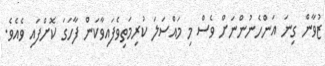
ޒުވާން ގިނަ އަންހެނުންނަށް ވެސް މި މައްސަލަ ކުރިމަތިވެފައިވާކަން ފާހަގަ ކޮށްފައި ވެއެވެ.